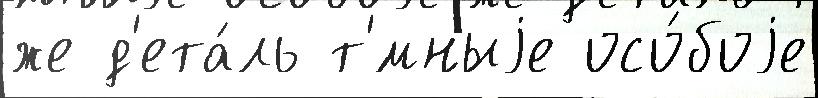
же д'ета́ль т'́мныjе осо́боjе